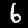
Digit: 6